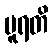
ပူရတိ